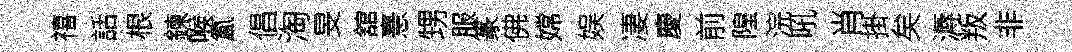
禧話根鍊喉氳倡淘旻舘憙甥服篆佛嫦娱凄慶前隍浣吼肖掛矣溽叛非